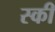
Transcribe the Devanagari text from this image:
स्‍की